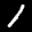
Label: 1